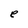
Character: e